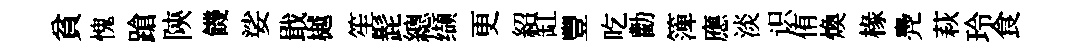
貧愧蹌陝饑娑戢樾笙髭總缬更紹缸豐吃勸𥱼應淡识侑煥椽鳧萩玲食